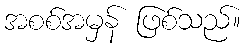
အစစ်အမှန် ဖြစ်သည်။